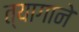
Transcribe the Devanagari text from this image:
त्यागाने